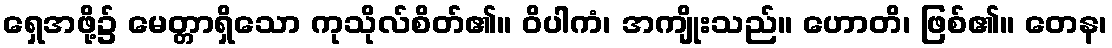
ရှေအဖို့၌ မေတ္တာရှိသော ကုသိုလ်စိတ်၏။ ဝိပါကံ၊ အကျိုးသည်။ ဟောတိ၊ ဖြစ်၏။ တေန၊